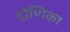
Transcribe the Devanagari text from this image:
द्रोणिका